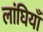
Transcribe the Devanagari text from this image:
लांघियाँ